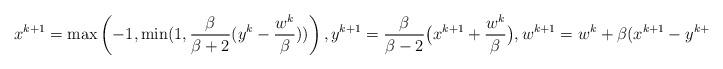
LaTeX: \begin{align*}x^{k+1} = \max\left(-1,\min(1,\frac{\beta}{\beta + 2}(y^k - \frac{w^k}{\beta}))\right), y^{k+1} = \frac{\beta}{\beta - 2}\big(x^{k+1}+\frac{w^k}{\beta}\big),w^{k+1} = w^k + \beta(x^{k+1} - y^{k+1}).\end{align*}